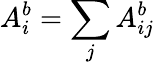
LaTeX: A_{i}^{b}=\sum_{j}A_{ij}^{b}